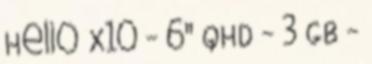
Helio X10 - 6" QHD - 3 GB -